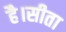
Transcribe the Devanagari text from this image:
है।सीता